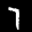
Label: 7